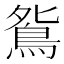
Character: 𫠔